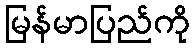
မြန်မာပြည်ကို